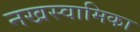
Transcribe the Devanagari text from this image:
नखस्वामिका